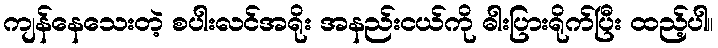
ကျန်နေသေးတဲ့ စပါးလင်အရိုး အနည်းငယ်ကို ဓါးပြားရိုက်ပြီး ထည့်ပါ။